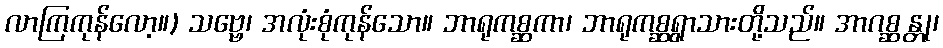
လာကြကုန်လော့။) သဗ္ဗေ၊ အလုံးစုံကုန်သော။ ဘာရုကစ္ဆကာ၊ ဘာရုကစ္ဆရွာသားတို့သည်။ အာဂစ္ဆန္တု၊